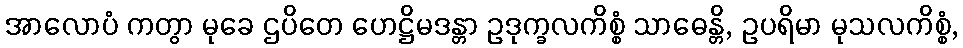
အာလောပံ ကတွာ မုခေ ဌပိတေ ဟေဋ္ဌိမဒန္တာ ဥဒုက္ခလကိစ္စံ သာဓေန္တိ, ဥပရိမာ မုသလကိစ္စံ,